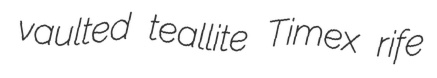
vaulted teallite Timex rife